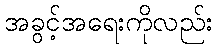
အခွင့်အရေးကိုလည်း